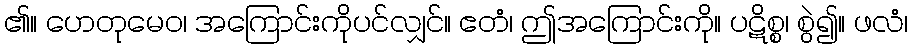
၏။ ဟေတုမေဝ၊ အကြောင်းကိုပင်လျှင်။ ဧတံ၊ ဤအကြောင်းကို။ ပဋိစ္စ၊ စွဲ၍။ ဖလံ၊